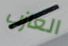
العازب